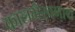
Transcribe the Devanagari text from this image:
कालभैरवनाथ